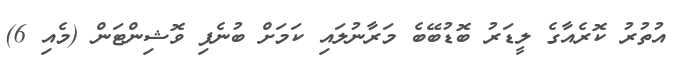
އުތުރު ކޮރެއާގެ ލީޑަރު ބޮޑުބޭބެ މަރާނުލައި ކަމަށް ބުނެފި ވޮޝިންޓަން (މެއި 6)